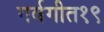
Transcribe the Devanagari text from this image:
गर्वगीत१९